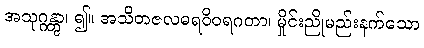
အသုဂ္ဂန္တွာ၊ ၍။ အသိတဇလဓရဝိဝရဂတာ၊ မှိုင်းညိုမည်းနက်သော